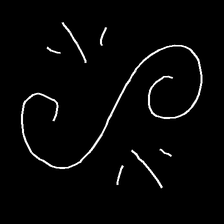
Glyph: wind-directs-air